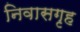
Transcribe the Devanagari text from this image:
निवासगृह